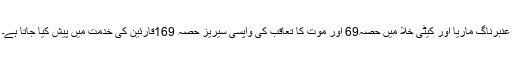
عنبرناگ ماریا اور کیٹی خلا میں حصہ69 اور موت کا تعاقب کی واپسی سیریز حصہ 169قارئین کی خدمت میں پیش کیا جاتا ہے۔